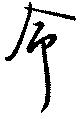
命